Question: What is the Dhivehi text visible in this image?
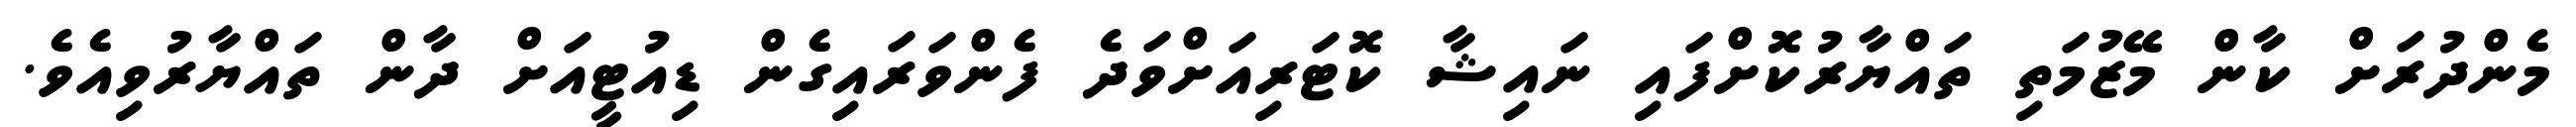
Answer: މެންދުރަށް ކާން މޭޒުމަތި ތައްޔާރުކޮށްފައި ނައިޝާ ކޮޓަރިއަށްވަދެ ފެންވަރައިގެން ޑިއުޓީއަށް ދާން ތައްޔާރުވިއެވެ.